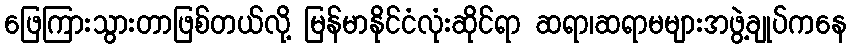
ဖြေကြားသွားတာဖြစ်တယ်လို့ မြန်မာနိုင်ငံလုံးဆိုင်ရာ ဆရာ၊ဆရာမများအဖွဲ့ချုပ်ကနေ